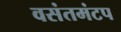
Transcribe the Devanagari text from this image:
वसंतमंटप